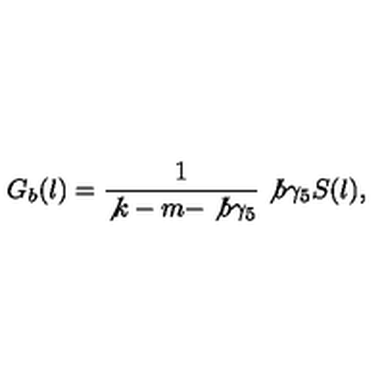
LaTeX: G _ { b } ( l ) = \frac { 1 } { \not { k } - m - \not { b } \gamma _ { 5 } } \not { b } \gamma _ { 5 } S ( l ) ,